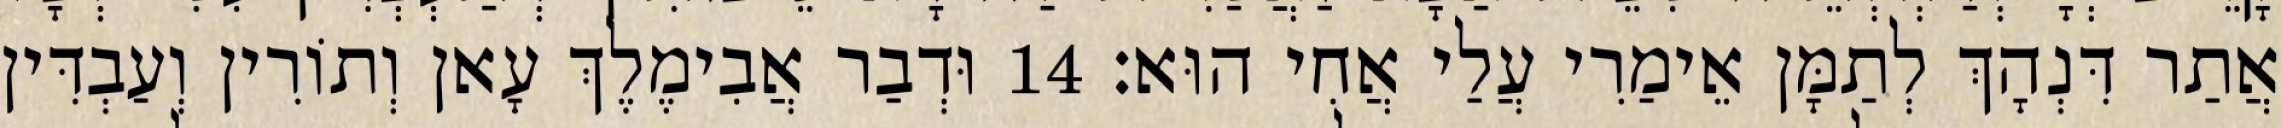
אֲתַר דִּנְהָךְ לְתַמָּן אֵימַרִי עֲלַי אֲחִי הוּא׃ 14 וּדְבַר אֲבִימֶלֶךְ עָאן וְתוֹרִין וְעַבְדִּין